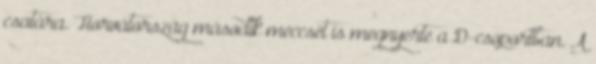
csatára. Horvátország második meccsét is megnyerte a D-csoportban. A